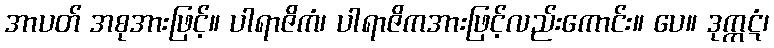
အာပတ် အစုအားဖြင့်။ ပါရာဇိကံ၊ ပါရာဇိကအားဖြင့်လည်းကောင်း။ ပေ။ ဒုက္ကဋံ၊